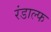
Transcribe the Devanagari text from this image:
रंडाल्फ